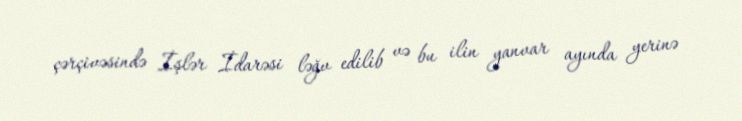
çərçivəsində İşlər İdarəsi ləğv edilib və bu ilin yanvar ayında yerinə